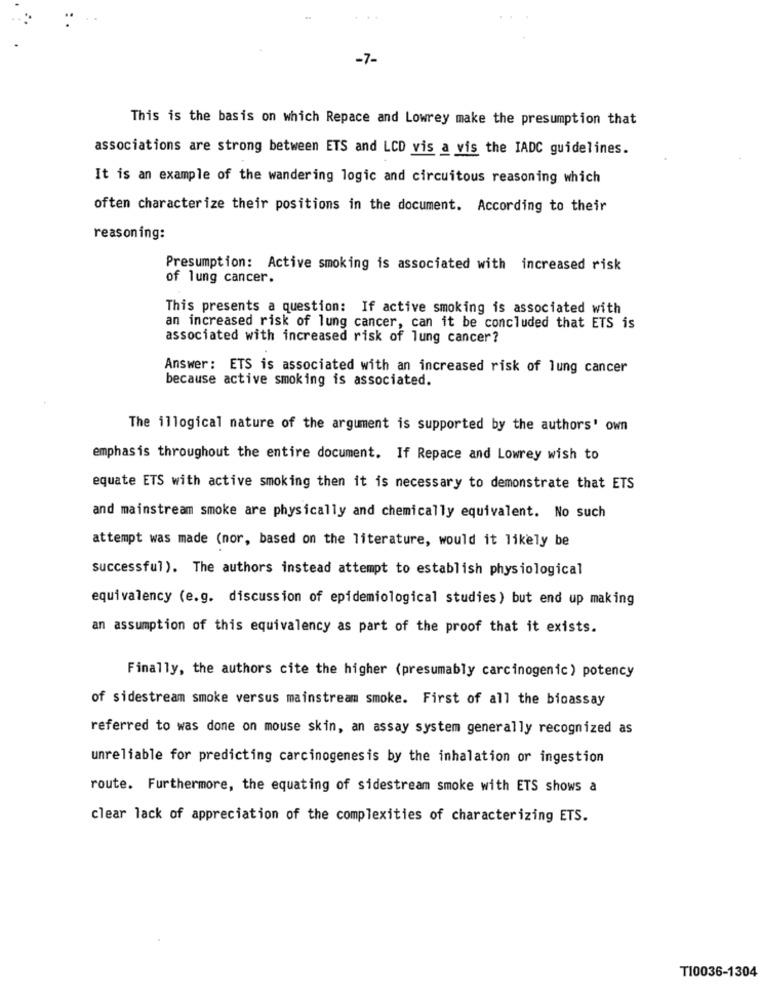
-7-
This is the basis on which Repace and Lowrey make the presumption that
associations are strong between ETS and LCD vis a vis the IADC guidelines.
It is an example of the wandering logic and circuitous reasoning which
often characterize their positions in the document. According to their
reasoning:
Presumption: Active smoking is associated with increased risk
of lung cancer.
This presents a question: If active smoking is associated with
an increased risk of lung cancer, can it be concluded that ETS is
associated with increased risk of lung cancer?
Answer: ETS is associated with an increased risk of lung cancer
because active smoking is associated.
The illogical nature of the argument is supported by the authors' own
emphasis throughout the entire document. If Repace and Lowrey wish to
equate ETS with active smoking then it is necessary to demonstrate that ETS
and mainstream smoke are physically and chemically equivalent. No such
attempt was made (nor, based on the literature, would it likely be
successful). The authors instead attempt to establish physiological
equivalency (e.g. discussion of epidemiological studies ) but end up making
an assumption of this equivalency as part of the proof that it exists.
Finally, the authors cite the higher (presumably carcinogenic) potency
of sidestream smoke versus mainstream smoke. First of all the bioassay
referred to was done on mouse skin, an assay system generally recognized as
unreliable for predicting carcinogenesis by the inhalation or ingestion
route. Furthermore, the equating of sidestream smoke with ETS shows a
clear lack of appreciation of the complexities of characterizing ETS.
T10036-1304